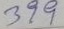
399